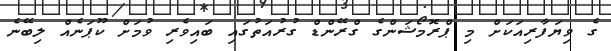
ގެ ވިޔަފާރިއަކަށް މި ޕްރޮމޯޝަންގެ ގްރޭންޑް ގުރުއަތުގައި ބައިވެރި ވުމަށް ކޫޕަނެއް ލިބޭނެ